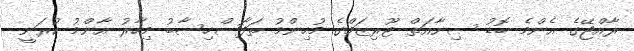
ރާއްޖޭގެ އެންމެ ބޮޑު ސިނާއަތް ޓޫރިޒަމްގެ މުހިންމު ތަފާސްހިސާބު މިހާރު އާންމު ކުރަނީ